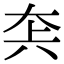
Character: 𡘂